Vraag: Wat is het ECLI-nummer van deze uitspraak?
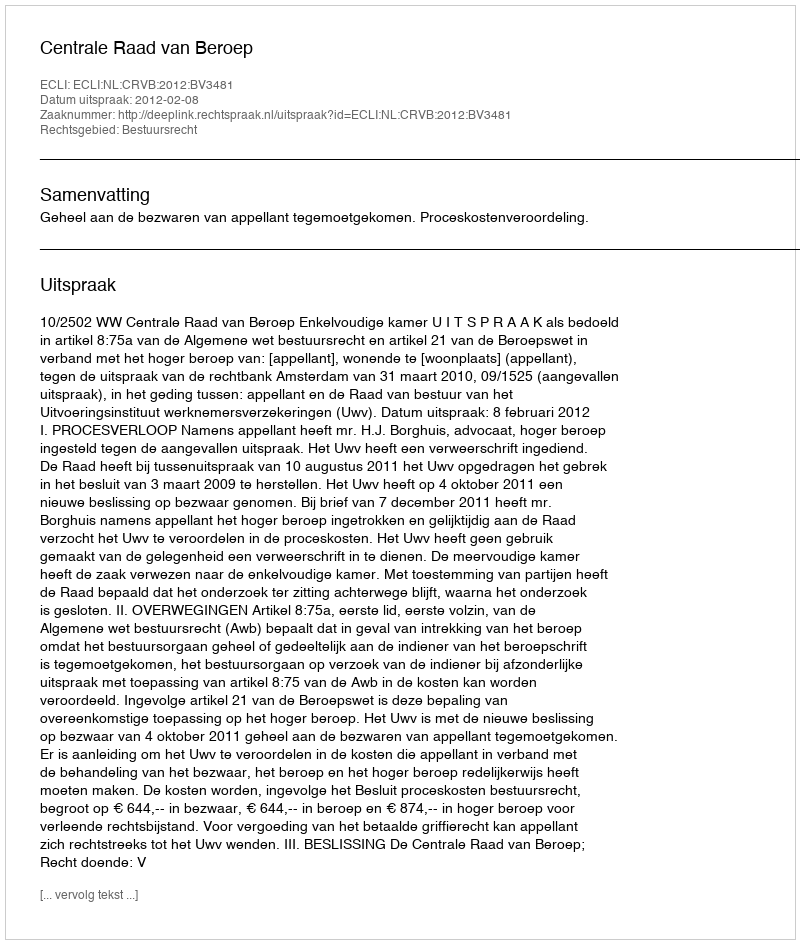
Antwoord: ECLI:NL:CRVB:2012:BV3481